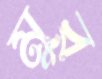
মুর্